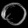
Digit: ၀